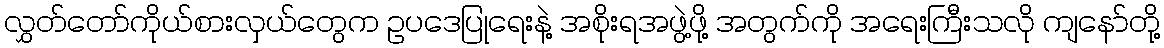
လွှတ်တော်ကိုယ်စားလှယ်တွေက ဥပဒေပြုရေးနဲ့ အစိုးရအဖွဲ့ဖို့ အတွက်ကို အရေးကြီးသလို ကျနော်တို့